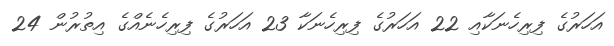
އަހަރުގެ ފިރިހެނަކާއި 22 އަހަރުގެ ފިރިހެނަކާ 23 އަހަރުގެ ފިރިހެނެއްގެ އިތުރުން 24